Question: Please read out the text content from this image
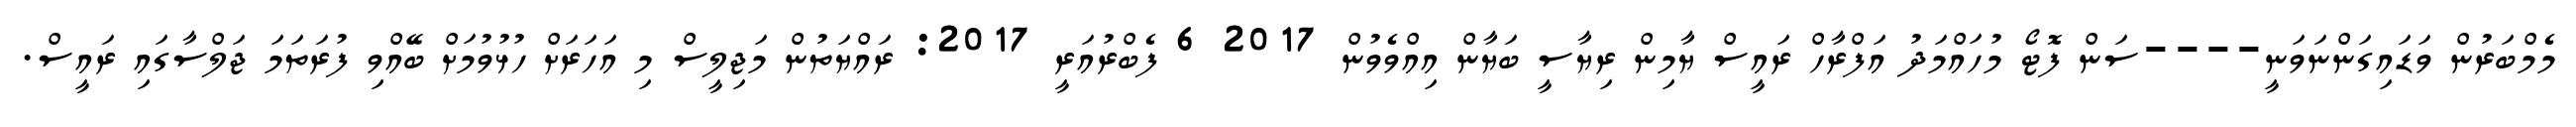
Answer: މެމްބަރުން ވަޑައިގަންނަވަނީ----ސަން ފޮޓޯ މުހައްމަދު އަފްރާހް ރައީސް ޔާމިން ރިޔާސީ ބަޔާން އިއްވެވުން 2017 6 ފެބްރުއަރީ 2017: ރައްޔަތުން މަޖިލީސް މި އަހަރަށް ހުޅުވުމަށް ބޭއްވި ފުރަތަމަ ޖަލްސާގައި ރައީސް.